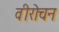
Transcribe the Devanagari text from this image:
वीरोचन